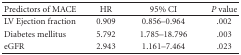
<table><thead><tr><td><b>Predictors of MACE</b></td><td><b>HR</b></td><td><b>95% CI</b></td><td><b><i>P</i> value</b></td></tr></thead><tbody><tr><td>LV Ejection fraction</td><td>0.909</td><td>0.856–0.964</td><td>.002</td></tr><tr><td>Diabetes mellitus</td><td>5.792</td><td>1.785–18.796</td><td>.003</td></tr><tr><td>eGFR</td><td>2.943</td><td>1.161–7.464</td><td>.023</td></tr></tbody></table>